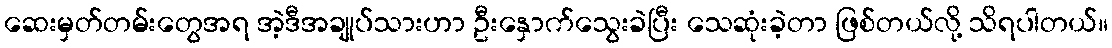
ဆေးမှတ်တမ်းတွေအရ အဲ့ဒီအချုပ်သားဟာ ဦးနှောက်သွေးခဲပြီး သေဆုံးခဲ့တာ ဖြစ်တယ်လို့ သိရပါတယ်။